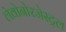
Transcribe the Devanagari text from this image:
लेवोनोरजेस्ट्रल